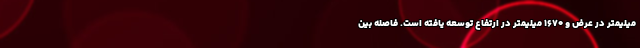
میلیمتر در عرض و 1670 میلیمتر در ارتفاع توسعه یافته است. فاصله بین